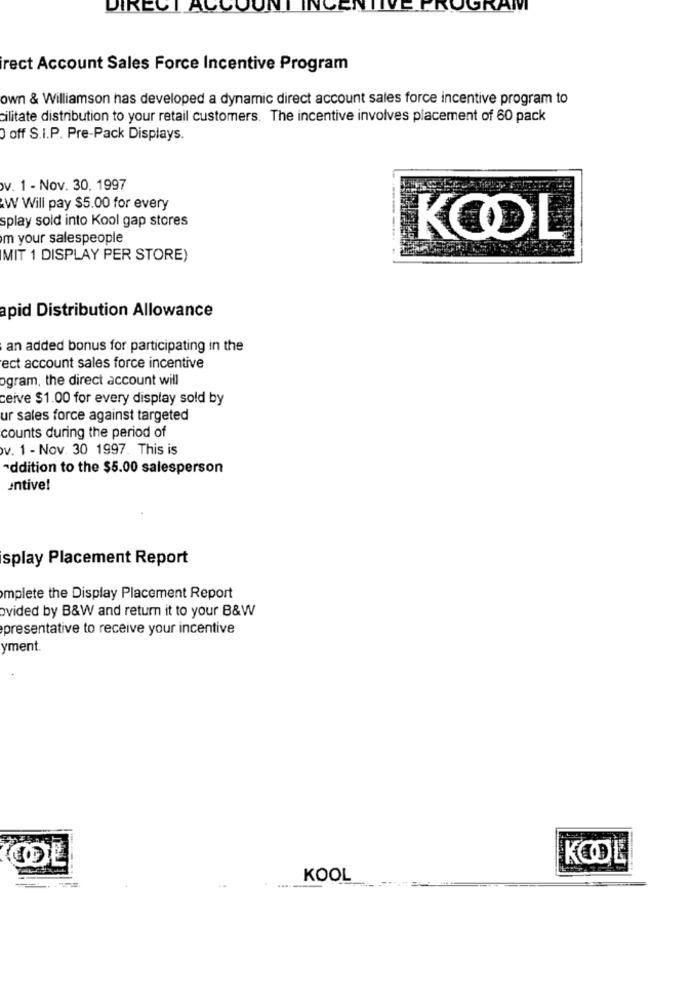
DIRECT ALCOL
IVI
rect Account Sales Force Incentive Program
own & Williamson has developed a dynamic direct account sales force incentive program to
cilitate distribution to your retail customers. The incentive involves placement of 60 pack
0 off S.i.P. Pre-Pack Displays.
v. 1 - Nov. 30, 1997
W Will pay $5.00 for every
splay sold into Kool gap stores
m your salespeople
KOOL
MIT 1 DISPLAY PER STORE)
apid Distribution Allowance
an added bonus for participating in the
ect account sales force incentive
ogram, the direct account will
ceive $1.00 for every display sold by
ur sales force against targeted
counts during the period of
v. 1 - Nov. 30 1997. This is
addition to the $5.00 salesperson
entive!
splay Placement Report
mplete the Display Placement Report
ovided by B&W and return it to your B&W
presentative to receive your incentive
yment.
KOOL
KOOL